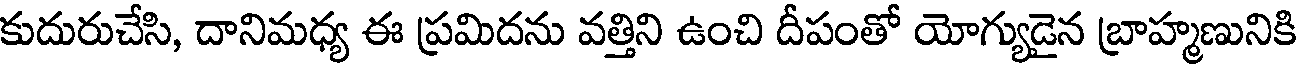
కుదురుచేసి, దానిమధ్య ఈ ప్రమిదను వత్తిని ఉంచి దీపంతో యోగ్యుడైన బ్రాహ్మణునికి